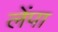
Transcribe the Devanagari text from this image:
लेंपा